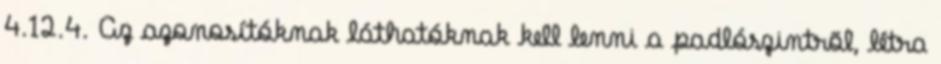
4.12.4. Az azonosítóknak láthatóknak kell lenni a padlószintrõl, létra